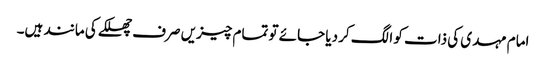
امام مہدی کی ذات کو الگ کر دیا جائے تو تمام چیزیں صرف چھلکے کی مانند ہیں۔